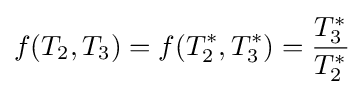
f(T_{2},T_{3})=f(T_{2}^{*},T_{3}^{*})={\frac {T_{3}^{*}}{T_{2}^{*}}}